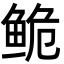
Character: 𬶏